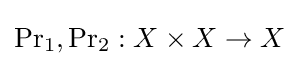
\operatorname {Pr} _{1},\operatorname {Pr} _{2}:X\times X\to X